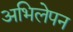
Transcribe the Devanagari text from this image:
अभिलेपन